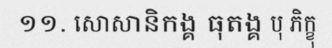
១១. សោសានិកង្គ ធុតង្គ បុ ភិក្ខុ